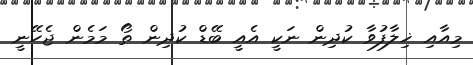
މިއާއި ޚިލާފުވާ ކުދިން ނަކީ އެއީ ބޭޑް ކުދިން ތޯ މަމެން ޖެހޭނީ